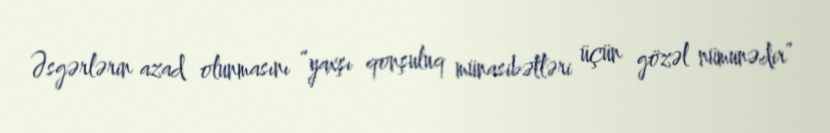
Əsgərlərin azad olunmasını “yaxşı qonşuluq münasibətləri üçün gözəl nümunədir”